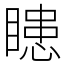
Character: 瞣